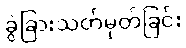
ခွဲခြားသတ်မှတ်ခြင်း